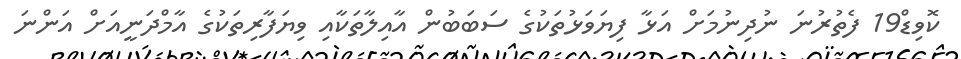
ކޮވިޑް19 ފެތުރުނަ ނުދިނުމަށް އަޅާ ފިޔަވަޅުތަކުގެ ސަބަބުން އާއިލާތަކާއި ވިޔަފާރިތަކުގެ އާމްދަނީއަށް އަންނަ